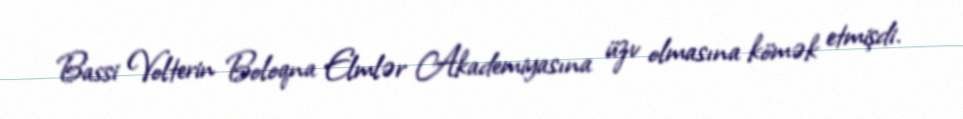
Bassi Volterin Boloqna Elmlər Akademiyasına üzv olmasına kömək etmişdi.